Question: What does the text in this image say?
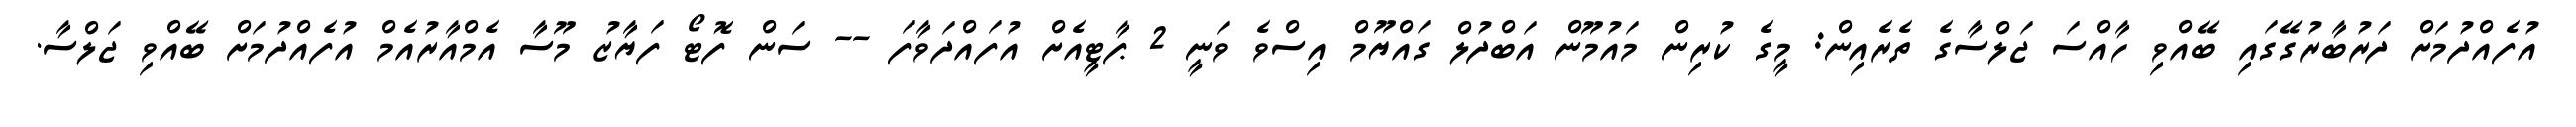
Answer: އުފެއްދުމަށް ދަރުބާރުގޭގައި ބޭއްވި ހާއްސަ ޖަލްސާގެ ތެރެއިން: މީގެ ކުރިން މައުމޫން އަބްދުލް ގައްޔޫމް އިސްވެ ވަނީ 2 ޕާޓީއެށް އުފައްދަވާފަ -- ސަން ފޮޓޯ ފަޔާޒު މޫސާ އެމްއާރުއެމް އުފެއްދުމަށް ބޭއްވި ޖަލްސާ.